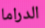
الدراما